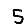
Digit: 5